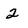
Character: 2